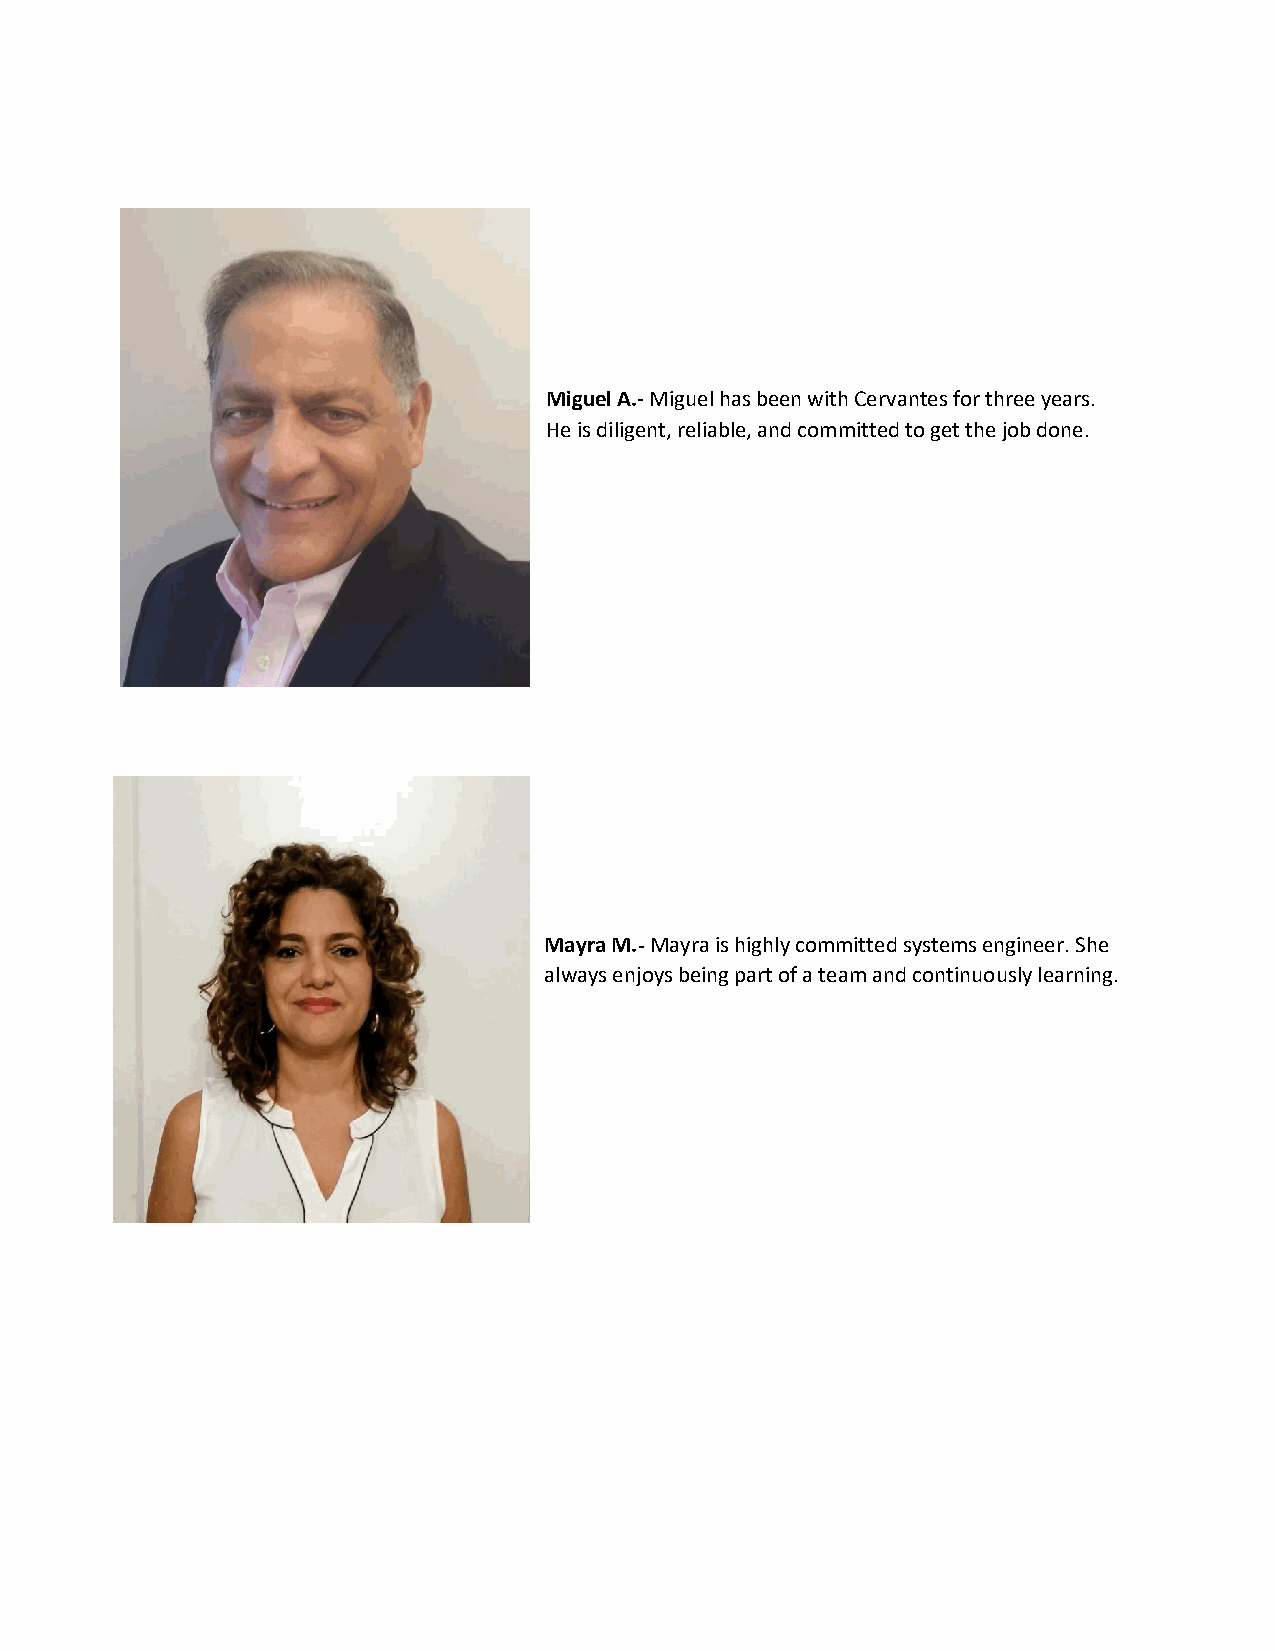
Miguel A.- Miguel has been with Cervantes for three years.
 He is diligent, reliable, and committed to get the job done.
 Mayra M.- Mayra is highly committed systems engineer. She
 always enjoys being part of a team and continuously learning.